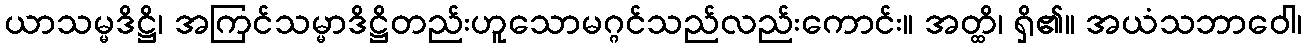
ယာသမ္မဒိဋ္ဌိ၊ အကြင်သမ္မာဒိဋ္ဌိတည်းဟူသောမဂ္ဂင်သည်လည်းကောင်း။ အတ္ထိ၊ ရှိ၏။ အယံသဘာဝေါ၊